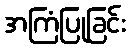
အကြံပြုခြင်း